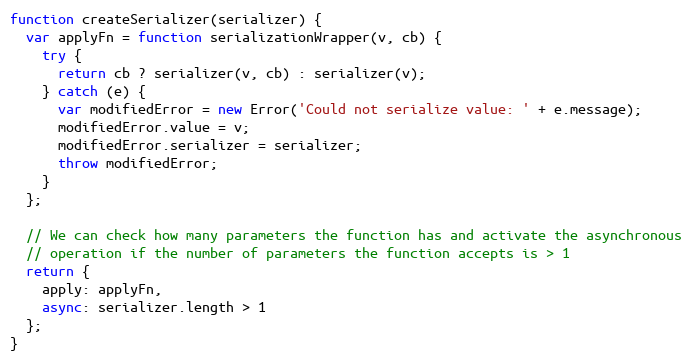
Language: JavaScript
function createSerializer(serializer) {
  var applyFn = function serializationWrapper(v, cb) {
    try {
      return cb ? serializer(v, cb) : serializer(v);
    } catch (e) {
      var modifiedError = new Error('Could not serialize value: ' + e.message);
      modifiedError.value = v;
      modifiedError.serializer = serializer;
      throw modifiedError;
    }
  };

  // We can check how many parameters the function has and activate the asynchronous
  // operation if the number of parameters the function accepts is > 1
  return {
    apply: applyFn,
    async: serializer.length > 1
  };
}